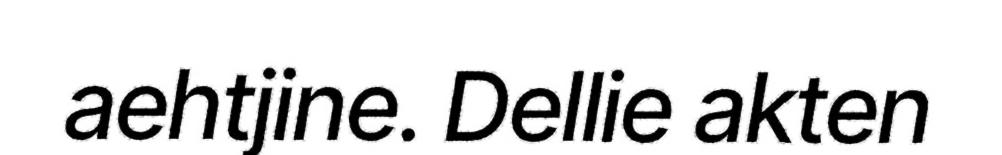
aehtjine. Dellie akten